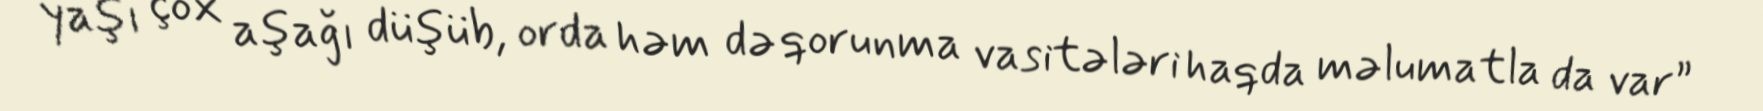
yaşı çox aşağı düşüb, orda həm də qorunma vasitələri haqda məlumatla da var”